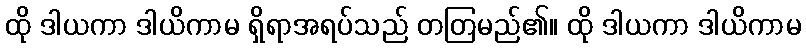
ထို ဒါယကာ ဒါယိကာမ ရှိရာအရပ်သည် တတြမည်၏။ ထို ဒါယကာ ဒါယိကာမ